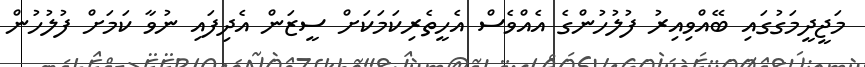
މަޖީދީމަގުގައި ބޭއްވިއިރު ފުލުހުންގެ އެއްވެސް އެހީތެރިކަމަކަށް ސީޒަން އެދިފައި ނުވާ ކަމަށް ފުލުހުން